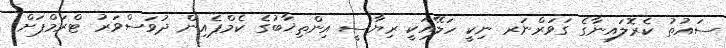
ސައުތު ކެރޮލައިނާގެ ގަވަރްނަރ ނިކީ ހަލޭއަކީ ރިޔާސީ އިންތިޚާބުގެ ކެމްޕެއިން ދުވަސްވަރު ޓްރަމްޕަށް